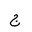
Letter: _gim